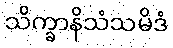
သိက္ခာနိသံသမိဒံ